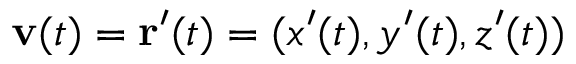
\mathbf { v } ( t ) = \mathbf { r } ^ { \prime } ( t ) = ( x ^ { \prime } ( t ) , y ^ { \prime } ( t ) , z ^ { \prime } ( t ) )